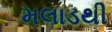
મલાડથી